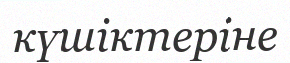
күшіктеріне